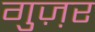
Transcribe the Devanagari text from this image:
गुज़़र